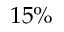
1 5 \%